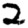
Digit: 2